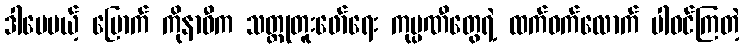
ဒါပေမယ့် မြောက် ကိုနာဝီက သတ္တုတူးဖော်ရေး ကုမ္ပဏီတွေရဲ့ ထက်ဝက်လောက် ပါဝင်ကြတဲ့